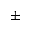
\pm